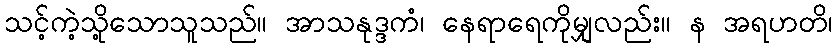
သင့်ကဲ့သို့သောသူသည်။ အာသနုဒ္ဒကံ၊ နေရာရေကိုမျှလည်း။ န အရဟတိ၊